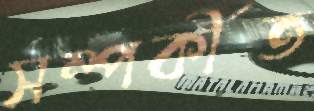
সম্পর্কীত